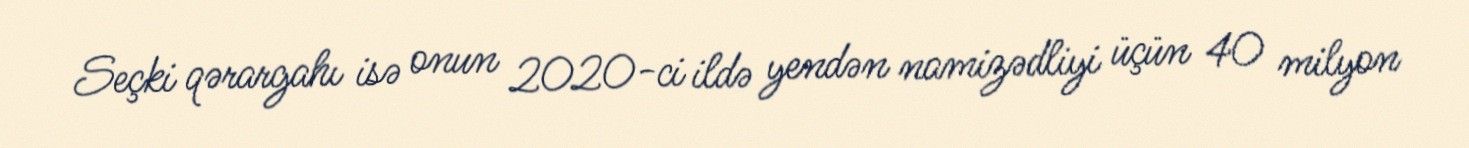
Seçki qərargahı isə onun 2020-ci ildə yendən namizədliyi üçün 40 milyon